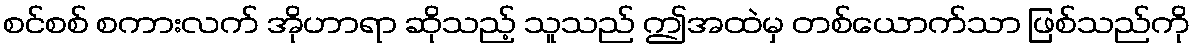
စင်စစ် စကားလက် အိုဟာရာ ဆိုသည့် သူသည် ဤအထဲမှ တစ်ယောက်သာ ဖြစ်သည်ကို